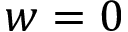
w = 0